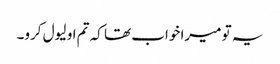
یہ تو میرا خواب تھا کہ تم او لیول کرو۔